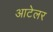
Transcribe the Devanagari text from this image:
आटेलर